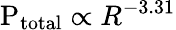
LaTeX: \mathrm{P_{total}}\propto R^{-3.31}